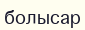
болысар